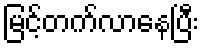
မြင့်တက်လာနေပြီး